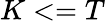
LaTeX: K<=T